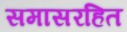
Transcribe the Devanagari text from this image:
समासरहित